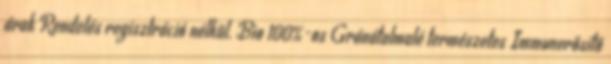
árak Rendelés regisztráció nélkül. Bio 100%-os Gránátalmalé természetes Immunerősítő